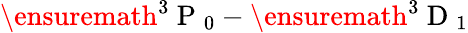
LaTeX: \ensuremath{{^3\mathrm{~P~}_{0}}}-\ensuremath{{^3\mathrm{~D~}_{1}}}